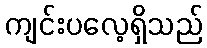
ကျင်းပလေ့ရှိသည်